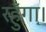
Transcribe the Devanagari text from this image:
रहुँगा।